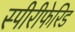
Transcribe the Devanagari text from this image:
स्पीरीफेरिड